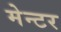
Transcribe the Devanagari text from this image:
मेन्टर